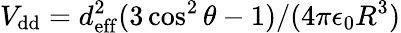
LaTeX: V_{\mathrm{dd}}=d_{\mathrm{eff}}^{2}(3\cos^{2}\theta-1)/(4\pi\epsilon_{0}R^{3})